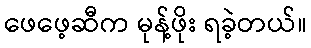
ဖေဖေ့ဆီက မုန့်ဖိုး ရခဲ့တယ်။